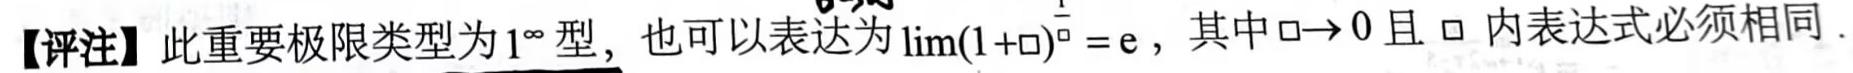
【评注】此重要极限类型为$1^{\infty}$型, 也可以表达为$\lim(1+\square)^{\frac{1}{\square}} = \mathrm{e}$, 其中$\square \to 0$且$\square$内表达式必须相同.